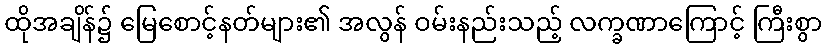
ထိုအချိန်၌ မြေစောင့်နတ်များ၏ အလွန် ဝမ်းနည်းသည့် လက္ခဏာကြောင့် ကြီးစွာ